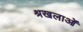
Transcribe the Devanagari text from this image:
श्रखलाओं